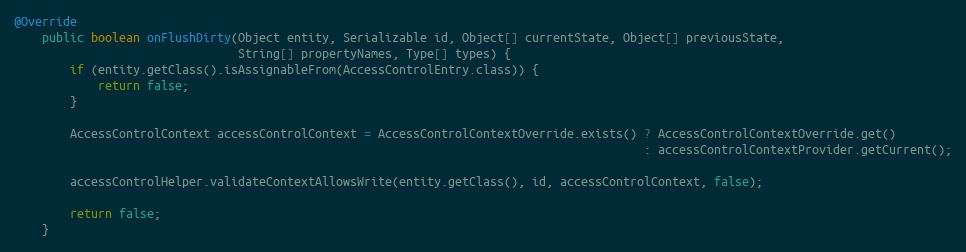
Language: Java
@Override
    public boolean onFlushDirty(Object entity, Serializable id, Object[] currentState, Object[] previousState,
                                String[] propertyNames, Type[] types) {
        if (entity.getClass().isAssignableFrom(AccessControlEntry.class)) {
            return false;
        }

        AccessControlContext accessControlContext = AccessControlContextOverride.exists() ? AccessControlContextOverride.get()
                                                                                          : accessControlContextProvider.getCurrent();

        accessControlHelper.validateContextAllowsWrite(entity.getClass(), id, accessControlContext, false);

        return false;
    }